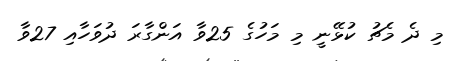
މި ދެ މެޗު ކުޅޭނީ މި މަހުގެ 25ވާ އަންގާރަ ދުވަހާއި 27ވާ